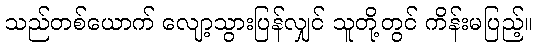
သည်တစ်ယောက် လျော့သွားပြန်လျှင် သူတို့တွင် ကိန်းမပြည့်။